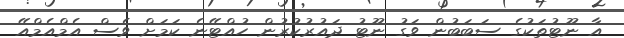
އާ ނޫޓުތަކުގެ ސަބަބުން ވަގު ނޫޓު ދައުރުކުރުން ހުއްޓޭނެ ކަމަށް ވެސް އެމްއެމްއޭ